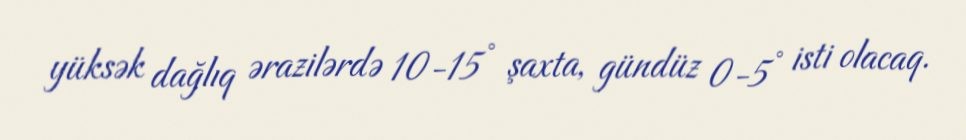
yüksək dağlıq ərazilərdə 10-15° şaxta, gündüz 0-5° isti olacaq.